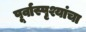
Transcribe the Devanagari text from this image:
पूर्वास्पृश्यांचा